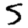
Digit: 5